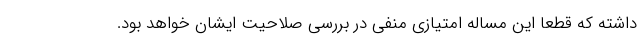
داشته که قطعا این مساله امتیازی منفی در بررسی صلاحیت ایشان خواهد بود.